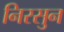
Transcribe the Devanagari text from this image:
निरसुन